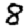
Digit: 8